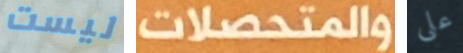
ليست والمتحصلات على